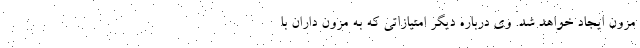
مزون ایجاد خواهد شد. وی درباره دیگر امتیازاتی که به مزون داران با